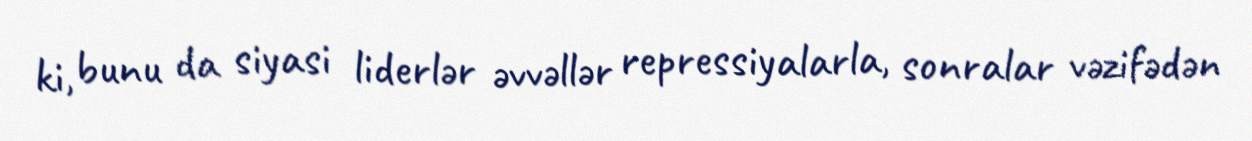
ki, bunu da siyasi liderlər əvvəllər repressiyalarla, sonralar vəzifədən